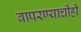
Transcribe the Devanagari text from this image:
वापरण्याचीही